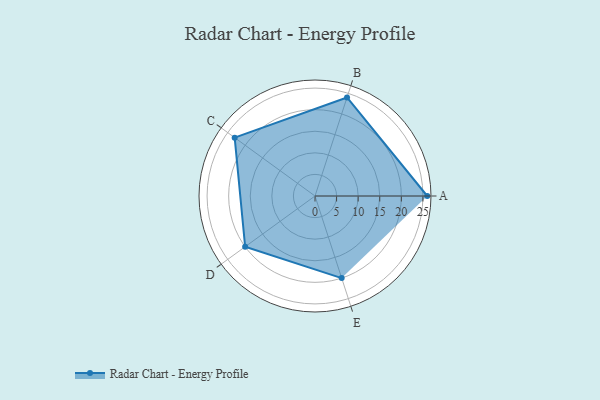
{"axis": {"x": "Skill", "y": "Score"}, "legend": ["Profile"], "data": [{"x": "A", "y": 26.0, "type": "Profile"}, {"x": "B", "y": 24.0, "type": "Profile"}, {"x": "C", "y": 23.0, "type": "Profile"}, {"x": "D", "y": 20.0, "type": "Profile"}, {"x": "E", "y": 20, "type": "Profile"}]}